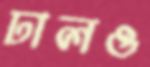
ঢালও